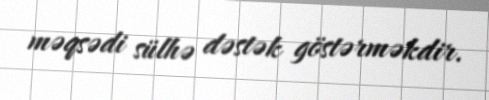
məqsədi sülhə dəstək göstərməkdir.